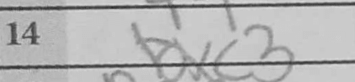
Transcription: Bxc3